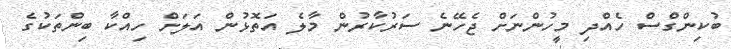
ބުކިންގްސް ހެއްދި މީހުންނަށް ޖެހޭނެ ސަރުކާރުން މާލެ އަތޮޅުން އަލަށް ހިއްކާ ބިންތަކުގެ